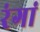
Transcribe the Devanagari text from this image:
रंगां